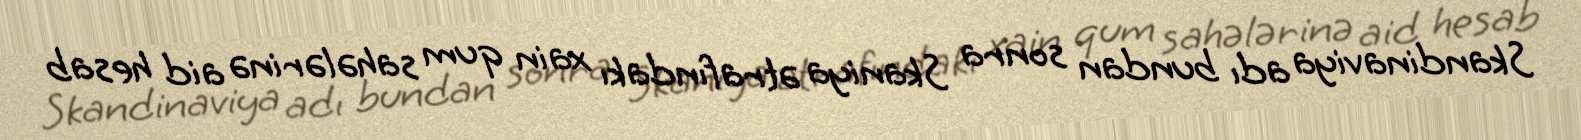
Skandinaviya adı bundan sonra Skaniya ətrafındakı xain qum sahələrinə aid hesab